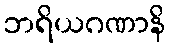
ဘရိယဂဏာနိ